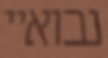
נבואיי